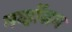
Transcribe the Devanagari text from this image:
नर्व्होसम